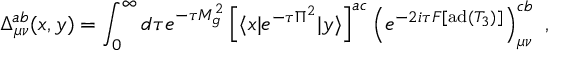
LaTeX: \Delta _ { \mu \nu } ^ { a b } ( x , y ) = \int _ { 0 } ^ { \infty } d { \tau } e ^ { - \tau M _ { g } ^ { 2 } } \left[ \langle x | e ^ { - \tau \Pi ^ { 2 } } | y \rangle \right] ^ { a c } \left( e ^ { - 2 i \tau { \cal F } [ \mathrm { a d } ( T _ { 3 } ) ] } \right) _ { \mu \nu } ^ { c b } \ ,